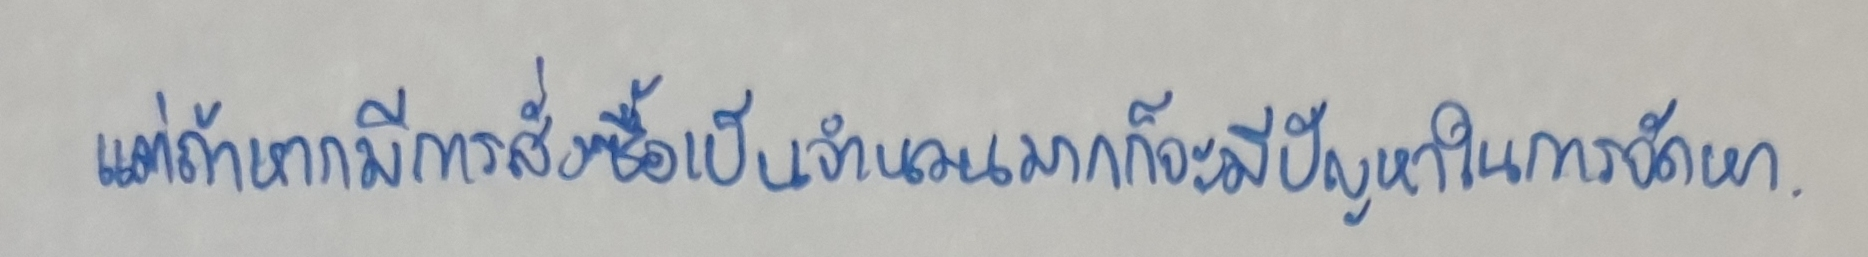
แต่ถ้าหากมีการสั่งซื้อเป็นจำนวนมากก็จะมีปัญหาในการจัดหา